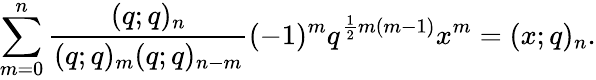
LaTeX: \sum_{m=0}^{n}\frac{(q;q)_{n}}{(q;q)_{m}(q;q)_{n-m}}(-1)^{m}q^{\frac{1}{2}m(m-1)}x^{m}=(x;q)_{n}.